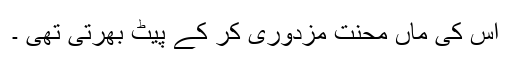
اس کی ماں محنت مزدوری کر کے پیٹ بھرتی تھی ۔